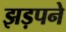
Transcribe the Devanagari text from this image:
झड़पने